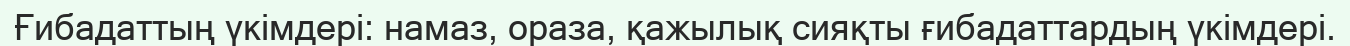
Ғибадаттың үкімдері: намаз, ораза, қажылық сияқты ғибадаттардың үкімдері.